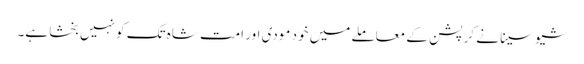
شیو سینا نے کرپشن کے معاملے میں خود مودی اور امت شاہ تک کو نہیں بخشا ہے۔